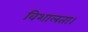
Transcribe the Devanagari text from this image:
विशालता।